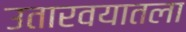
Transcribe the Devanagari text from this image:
उतारवयातला